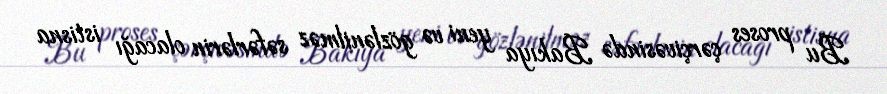
Bu proses çərçivəsində Bakıya yeni və gözlənilməz səfərlərin olacağı istisna